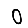
Digit: 0